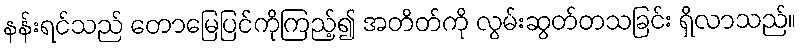
နန်းရင်သည် တောမြေပြင်ကိုကြည့်၍ အတိတ်ကို လွမ်းဆွတ်တသခြင်း ရှိလာသည်။